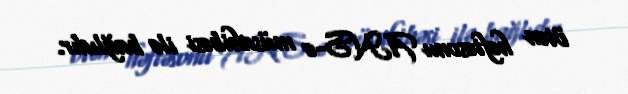
ötən həftəsonu ANS-ə müsahibəsi ilə bağlıdır.